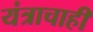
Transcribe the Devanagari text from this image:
यंत्राचाही